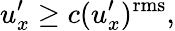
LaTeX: u_{x}^{\prime}\ge c(u_{x}^{\prime})^{\mathrm{rms}},